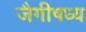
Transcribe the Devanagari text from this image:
जैगीषध्य